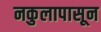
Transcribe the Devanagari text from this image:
नकुलापासून